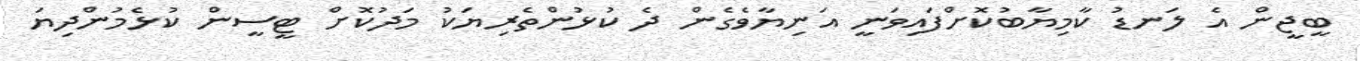
ބީޖީން އެ ލަނޑު ކާމިޔާބުކޮށްފައިވަނީ އަނިޔާވެގެން ދެ ކުޅުންތެރިޔަކު މަދުކޮށް ޓީސީން ކުޅެމުންދިޔަ